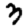
Digit: 3